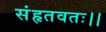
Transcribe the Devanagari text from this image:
संहृतवतः।।